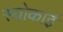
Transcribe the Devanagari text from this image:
स्योकाई